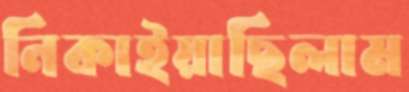
নিকাইয়াছিলাম